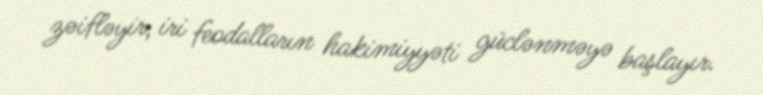
zəifləyir, iri feodalların hakimiyyəti güclənməyə başlayır.